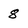
Character: 8